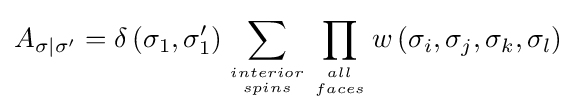
A_{\sigma |\sigma '}=\delta \left(\sigma _{1},\sigma _{1}'\right)\sum _{interior \atop spins}\prod _{all \atop faces}w\left(\sigma _{i},\sigma _{j},\sigma _{k},\sigma _{l}\right)